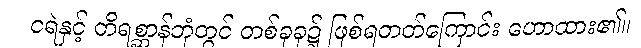
ငရဲနှင့် တိရစ္ဆာန်ဘုံတွင် တစ်ခုခု၌ ဖြစ်ရတတ်ကြောင်း ဟောထား၏။